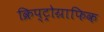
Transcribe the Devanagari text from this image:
क्रिप्ट्रोग्राफिक